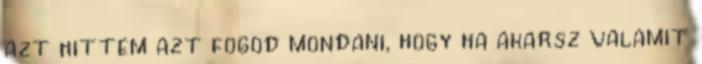
azt hittem azt fogod mondani, hogy ha akarsz valamit